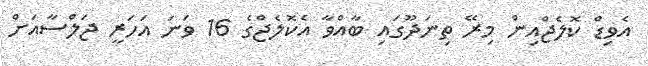
އެވިޑް ކޮލެޖްއިން މިރޭ ތިނަދޫގައި ބާއްވާ އެކޮލެޖްގެ 16 ވަނަ އަހަރީ ޖަލްސާއަށް